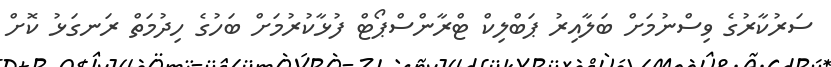
ސަރުކާރުގެ ވިސްނުމަށް ބަލާއިރު ޕަބްލިކް ޓްރާންސްޕޯޓް ފުޅާކުރުމަށް ބަހުގެ ހިދުމަތް ރަނގަޅު ކޮށް